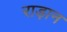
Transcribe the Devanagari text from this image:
राड़ान